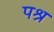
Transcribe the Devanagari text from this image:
पश्र